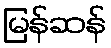
မြန်ဆန်